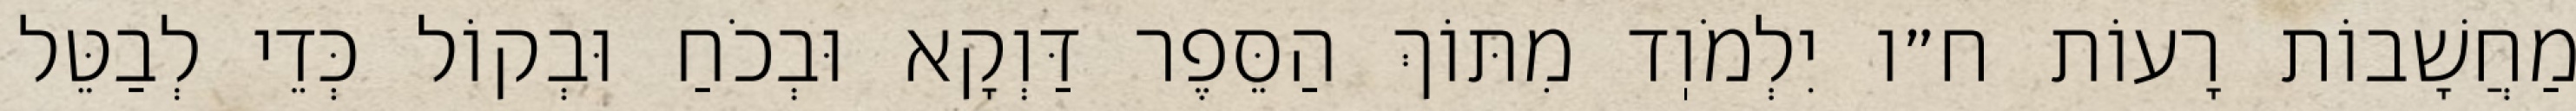
מַחֲשָׁבוֹת רָעוֹת ח״ו יִלְמֹוֽד מִתּוֹךְ הַסֵּפֶר דַּוְקָא וּבְכֹחַ וּבְקוֹל כְּדֵי לְבַטֵּל